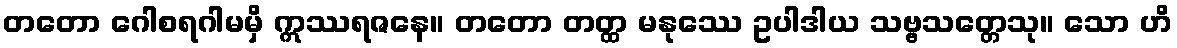
တတော ဂေါစရဂါမမှိ ဣဿရဇနေ။ တတော တတ္ထ မနုဿေ ဥပါဒါယ သဗ္ဗသတ္တေသု။ သော ဟိ